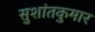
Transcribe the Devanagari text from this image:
सुशांतकुमार